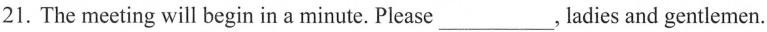
21.The meeting will begin in a minute. Please___, ladies and gentlemen.